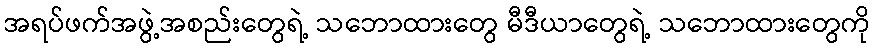
အရပ်ဖက်အဖွဲ့အစည်းတွေရဲ့ သဘောထားတွေ မီဒီယာတွေရဲ့ သဘောထားတွေကို